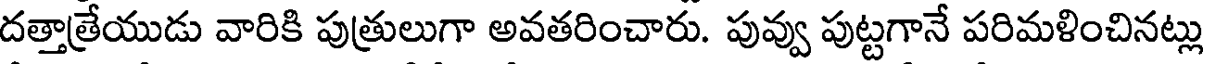
దత్తాత్రేయుడు వారికి పుత్రులుగా అవతరించారు. పువ్వు పుట్టగానే పరిమళించినట్లు